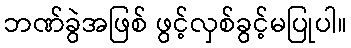
ဘဏ်ခွဲအဖြစ် ဖွင့်လှစ်ခွင့်မပြုပါ။